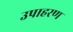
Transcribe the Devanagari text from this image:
उपाहरण